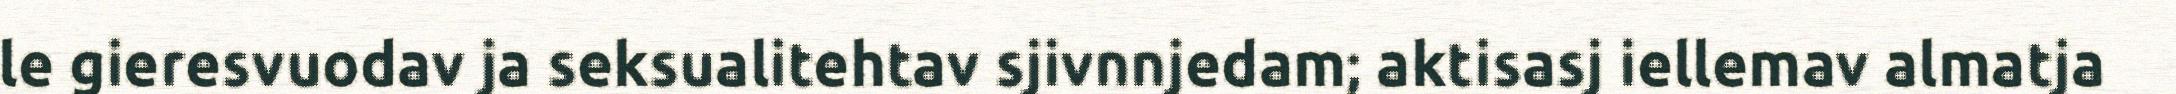
le gieresvuodav ja seksualitehtav sjivnnjedam; aktisasj iellemav almatja